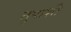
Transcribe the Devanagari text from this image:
तुपाशी